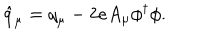
LaTeX: \hat { q } _ { \mu } = { q } _ { \mu } - 2 e A _ { \mu } \phi ^ { \dagger } \phi .